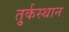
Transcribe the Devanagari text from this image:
तु्र्कस्थान